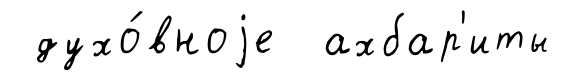
духо́вноjе ахбар'иты